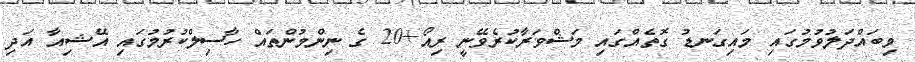
މިބައްދަލުވުމުގައި މައިގަނޑު ގޮތެއްގައި މަޝްވަރާކުރެވޭނީ ރިއޯ+20 ގެ ނިންމުންތައް ހާސިލްކުރުމުގައި އޭޝިއާ އަދި